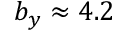
b _ { y } \approx 4 . 2